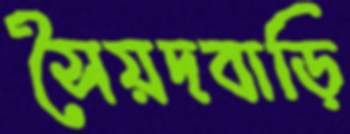
সৈয়দবাড়ি